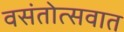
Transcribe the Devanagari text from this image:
वसंतोत्सवात